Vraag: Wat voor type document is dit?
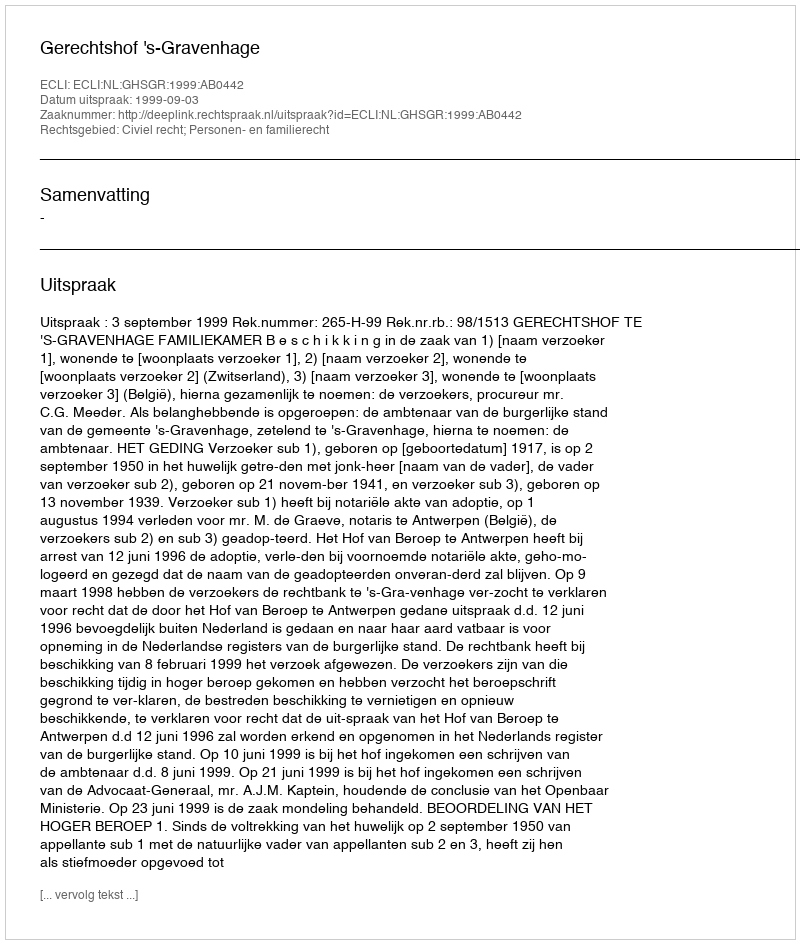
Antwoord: Uitspraak